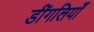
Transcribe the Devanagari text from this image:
डींगलियाँ